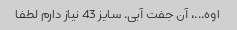
اوه...، آن جفت آبی. سایز 43 نیاز دارم لطفا